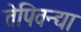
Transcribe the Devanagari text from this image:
तेपिवन्द्या